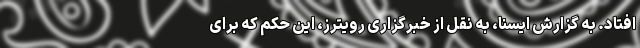
افتاد. به گزارش ایسنا، به نقل از خبرگزاری رویترز، این حکم که برای